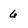
Character: 6